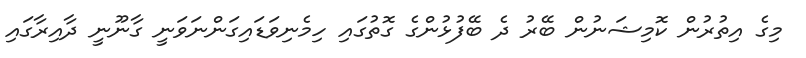
މިގެ އިތުރުން ކޮމިޝަނުން ބޭރު ދެ ބޭފުޅުންގެ ގޮތުގައި ހިމެނިވަޑައިގަންނަވަނީ ގާނޫނީ ދާއިރާގައި